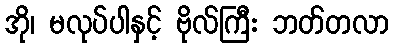
အို၊ မလုပ်ပါနှင့် ဗိုလ်ကြီး ဘတ်တလာ